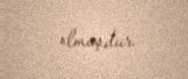
olmuşdur.